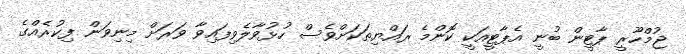
ޖުމްހޫރީ ޕާޓީން ބުނީ އެޕާޓީއަކީ ކޮންމެ ރައްޔިތަކަށްވެސް ހުޅުވާލެވިފައިވާ ވަރަށް މިނިވަން ފިކުރެއްގެ